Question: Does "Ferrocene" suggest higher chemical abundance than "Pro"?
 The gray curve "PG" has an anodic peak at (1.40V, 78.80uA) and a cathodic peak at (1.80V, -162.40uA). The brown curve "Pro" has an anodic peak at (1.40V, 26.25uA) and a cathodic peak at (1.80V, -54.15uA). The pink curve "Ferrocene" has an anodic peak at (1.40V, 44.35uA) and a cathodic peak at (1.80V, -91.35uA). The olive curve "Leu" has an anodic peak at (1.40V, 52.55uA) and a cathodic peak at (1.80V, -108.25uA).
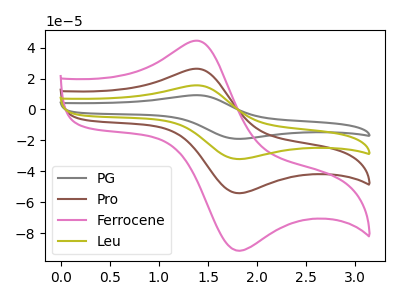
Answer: <think>All the peaks in "Ferrocene" have a peak in "Pro" at the same potential. Every peak in "Ferrocene" is higher than every peak in "Pro".
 </think>
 <answer>"Ferrocene" has more signal than "Pro".</answer>
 <eval>more_signal</eval>